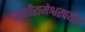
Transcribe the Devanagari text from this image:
काशीरामेश्वरपर्यंत